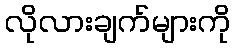
လိုလားချက်များကို